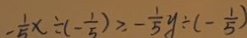
- \frac { 1 } { 5 } x \div ( - \frac { 1 } { 5 } ) \geq - \frac { 1 } { 5 } y \div ( - \frac { 1 } { 5 } )